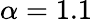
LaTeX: \alpha=1.1